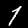
Digit: 1